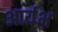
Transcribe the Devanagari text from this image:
आर्यभ